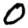
Digit: 0